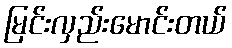
မြင်းလှည်းမောင်းတယ်